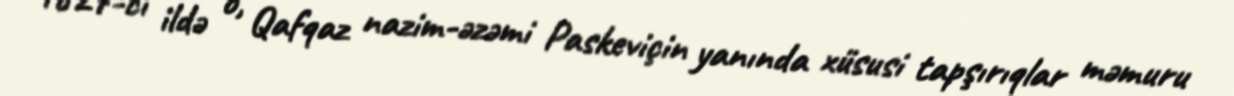
1827-ci ildə o, Qafqaz nazim-əzəmi Paskeviçin yanında xüsusi tapşırıqlar məmuru